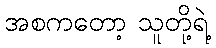
အစကတော့ သူတို့ရဲ့